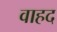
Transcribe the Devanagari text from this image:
वाहद